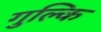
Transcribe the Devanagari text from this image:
गुल्कि